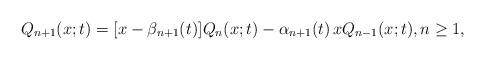
LaTeX: \begin{align*} Q_{n+1}(x; t) = [x-\beta_{n+1}(t)] Q_{n}(x; t) - \alpha_{n+1}(t)\, x Q_{n-1}(x; t), n \geq 1,\end{align*}